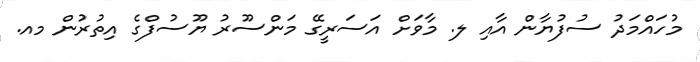
މުހައްމަދު ސުފުޔާން އާއި ލ. މާވަށް އަސަރީގޭ މަންސޫރު ޔޫސުފްގެ އިތުރުން މއ.